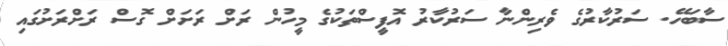
ސާބަހޭ. ސަރުކާރުގެ ވެރިންނާ ސަރުކާރު އޮފީސްތަކުގެ މީހުން ރަށް ރަށަށް ގޮސް ރަށްރަށުގައި